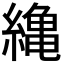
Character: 𦅥